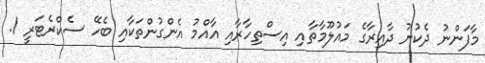
މާފަންނު ދެކުނު ދާއިރާގެ މައުލޫމާތާއި އިސްތިހާރާއި އާއްމު އެންގުންތަކާއި ބެހޭ ސެކްރެޓަރީ 1.